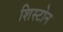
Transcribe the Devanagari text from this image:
शिस्टोन